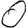
Digit: 0